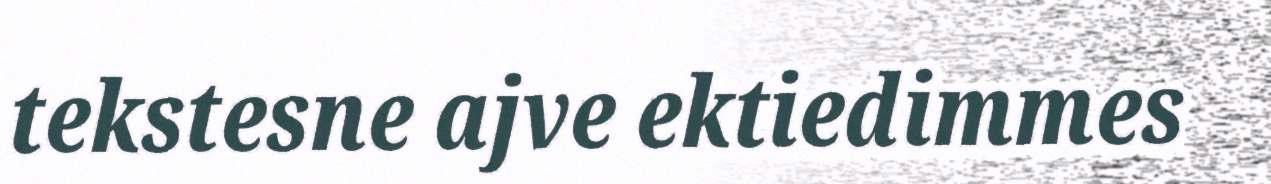
tekstesne ajve ektiedimmes